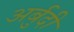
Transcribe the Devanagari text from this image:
अर्बुदी